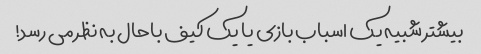
بیشتر شبیه یک اسباب بازی یا یک کیف باحال به نظر می رسد!